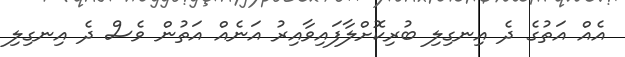
އެއް އަތުގެ ދެ އިނގިލި ބުރިކޮށްލާފައިވާއިރު އަނެއް އަތުން ވެސް ދެ އިނގިލި